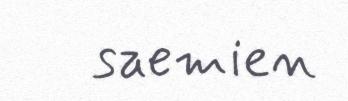
saemien